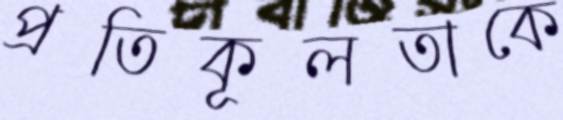
প্রতিকূলতাকে